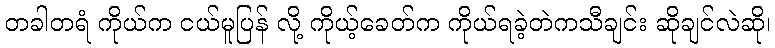
တခါတရံ ကိုယ်က ငယ်မူပြန် လို့ ကိုယ့်ခေတ်က ကိုယ်ရခဲ့တဲကသီချင်း ဆိုချင်လဲဆို၊